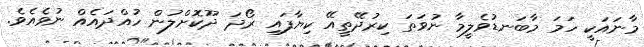
މާނައަކީ ހަމަ މާބަނޑުވެލީމާ ނުވަތަ ކިރުދޭތީއޭ ކިޔާފައި ރޯދަ ދޫކޮށްލުން ހުއްދައެއް ނުވެއެވެ.